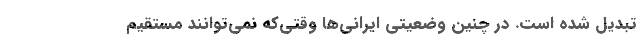
تبدیل شده است. در چنین وضعیتی ایرانی‌ها وقتی‌که نمی‌توانند مستقیم